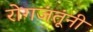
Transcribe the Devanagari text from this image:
रोगजंतूंनी